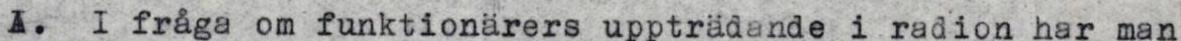
A. I fråga om funktionärers uppträdande i radion har man